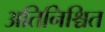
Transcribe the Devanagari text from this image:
अतिनिश्चित